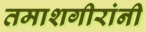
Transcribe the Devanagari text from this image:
तमाशगीरांनी